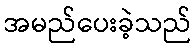
အမည်ပေးခဲ့သည်